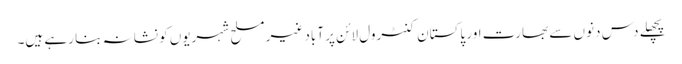
پچھلے دس دنوں سے بھارت اور پاکستان کنٹرول لائن پر آباد غیر مسلح شہریوں کو نشانہ بنا رہے ہیں۔